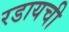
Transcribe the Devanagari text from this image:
रडायची